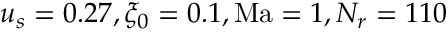
u _ { s } = 0 . 2 7 , \xi _ { 0 } = 0 . 1 , \mathrm { M a } = 1 , N _ { r } = 1 1 0